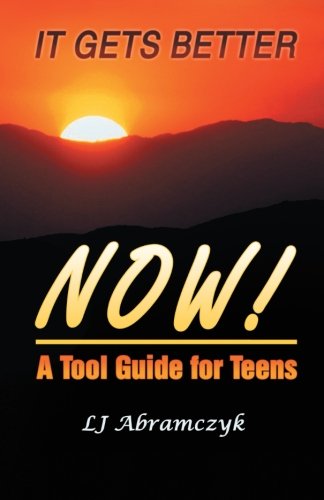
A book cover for It Gets Better Now!: A Tool Guide for Teens; L.J. Abramczyk; Gay & Lesbian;